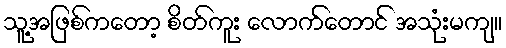
သူ့အဖြစ်ကတော့ စိတ်ကူး လောက်တောင် အသုံးမကျ။